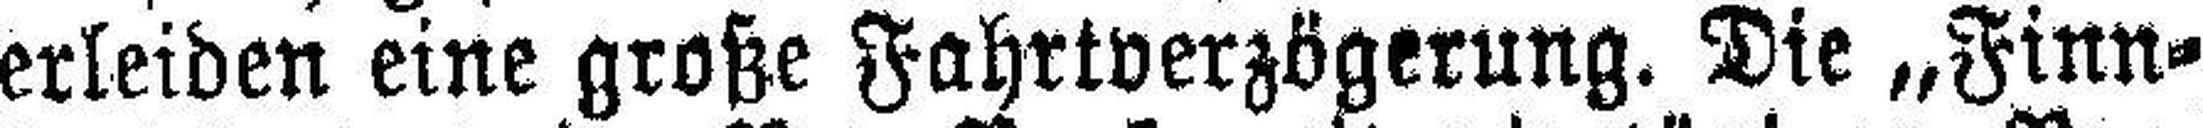
erleiden eine große Fahrtverzögerung. Die „Finn¬